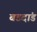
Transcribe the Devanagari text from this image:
बडदांड